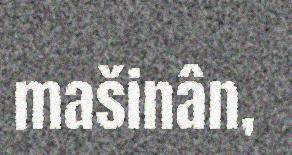
mašinân,